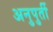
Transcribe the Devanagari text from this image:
अनुपुर्ती